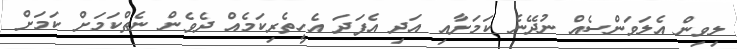
ލިވިން އެލަވަންސެއް ނުދޭނެ ކަަމަށާއި އަދި އެފަދަ އެހީތެރިކަމެއް ދެވެން ނެތްކަމަށް ކަމަށް